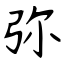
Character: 弥